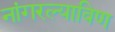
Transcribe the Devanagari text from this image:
नांगरल्याविण